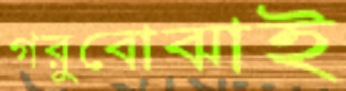
গরুবোঝাই